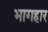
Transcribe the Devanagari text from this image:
भागहार